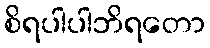
စိရပါပါဘိရတော